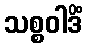
သစ္စဝါဒိံ